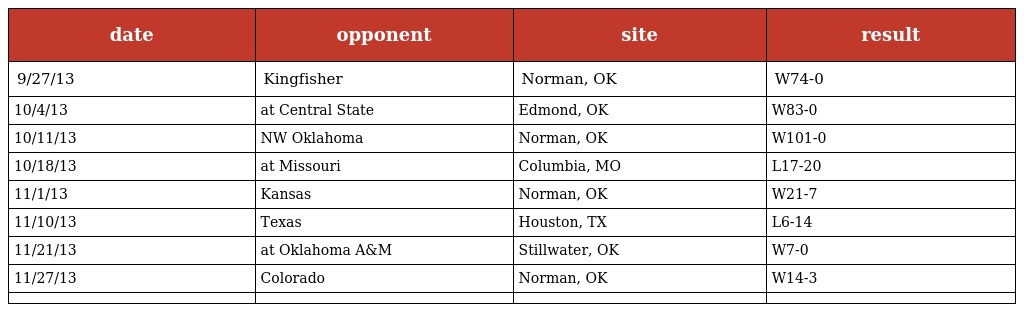
| date | opponent | site | result |
 | --- | --- | --- | --- |
 | 9/27/13 | Kingfisher | Norman, OK | W74-0 |
 | 10/4/13 | at Central State | Edmond, OK | W83-0 |
 | 10/11/13 | NW Oklahoma | Norman, OK | W101-0 |
 | 10/18/13 | at Missouri | Columbia, MO | L17-20 |
 | 11/1/13 | Kansas | Norman, OK | W21-7 |
 | 11/10/13 | Texas | Houston, TX | L6-14 |
 | 11/21/13 | at Oklahoma A&M | Stillwater, OK | W7-0 |
 | 11/27/13 | Colorado | Norman, OK | W14-3 |
 |  |  |  |  |